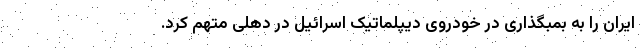
ایران را به بمبگذاری در خودروی دیپلماتیک اسرائیل در دهلی متهم کرد.